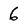
Character: 6